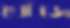
খোঁজে